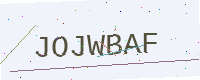
Text: JOJWBAF